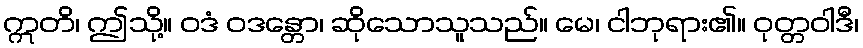
ဣတိ၊ ဤသို့။ ဝဒံ ဝဒန္တော၊ ဆိုသောသူသည်။ မေ၊ ငါဘုရား၏။ ဝုတ္တဝါဒီ၊